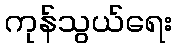
ကုန်သွယ်ရေး